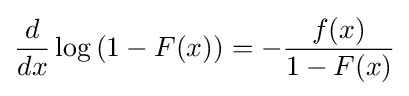
{\frac {d}{dx}}\log \left(1-F(x)\right)=-{\frac {f(x)}{1-F(x)}}